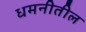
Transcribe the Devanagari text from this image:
धमनीतील